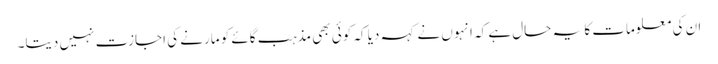
ان کی معلومات کا یہ حال ہے کہ انہوں نے کہہ دیا کہ کوئی بھی مذہب گائے کو مارنے کی اجازت نہیں دیتا۔